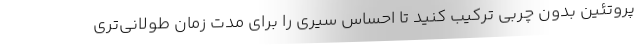
پروتئین بدون چربی ترکیب کنید تا احساس سیری را برای مدت زمان طولانی‌تری